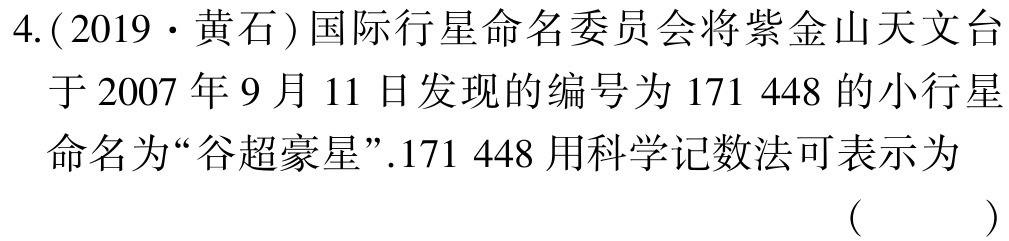
4.(2019·黄石)国际行星命名委员会将紫金山天文台于2007年9月11日发现的编号为171 448的小行星命名为“谷超豪星”.171 448用科学记数法可表示为（  ）